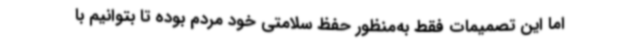
اما این تصمیمات فقط به‌منظور حفظ سلامتی خود مردم بوده تا بتوانیم با